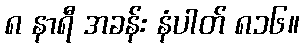
၈ နာရီ အခန်း နံပါတ် ၈၁၆။